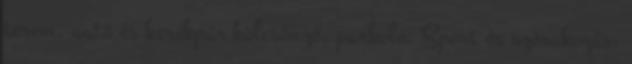
terem, autó és kerékpár kölcsönző, parkoló. Sport és szórakozás: